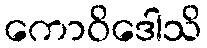
ကောဝိဒေါသိ